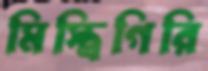
মিস্ত্রিগিরি